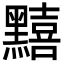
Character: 䵱